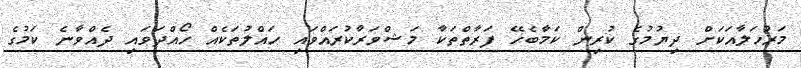
މަރުހަލާއަކަށް ދިޔުމުގެ ކުރިން ކަމާބެހޭ ފަރާތްތަކާ މަޝްވަރާކުރައްވައި ހައްލުތަކެއް ހޯއްދަވައި ދެއްވާނެ ކަމުގެ